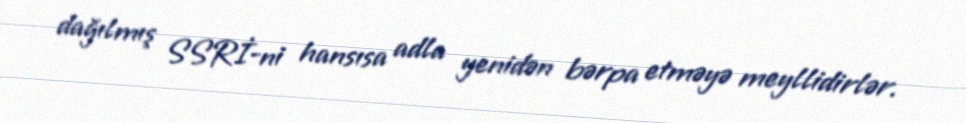
dağılmış SSRİ-ni hansısa adla yenidən bərpa etməyə meyllidirlər.